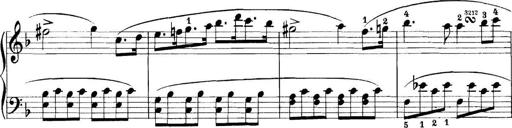
Title: 11 Sonatinas
Composer: Anton Diabelli